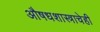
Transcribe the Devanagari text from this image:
औषधशास्त्राचेही